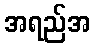
အရည်အ